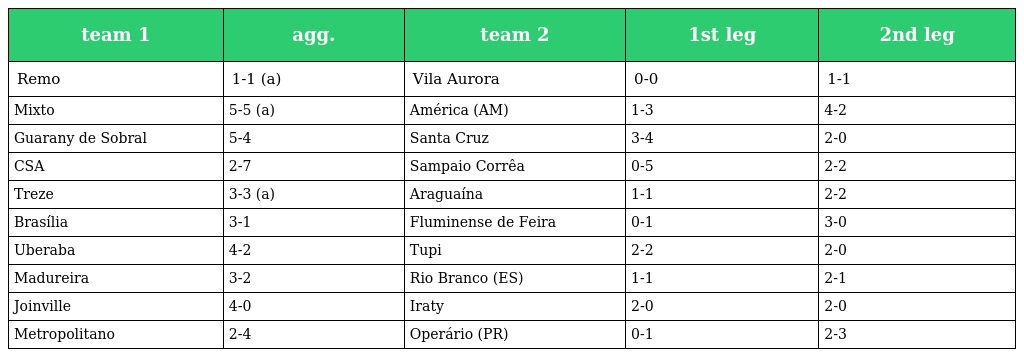
| team 1 | agg. | team 2 | 1st leg | 2nd leg |
 | --- | --- | --- | --- | --- |
 | Remo | 1-1 (a) | Vila Aurora | 0-0 | 1-1 |
 | Mixto | 5-5 (a) | América (AM) | 1-3 | 4-2 |
 | Guarany de Sobral | 5-4 | Santa Cruz | 3-4 | 2-0 |
 | CSA | 2-7 | Sampaio Corrêa | 0-5 | 2-2 |
 | Treze | 3-3 (a) | Araguaína | 1-1 | 2-2 |
 | Brasília | 3-1 | Fluminense de Feira | 0-1 | 3-0 |
 | Uberaba | 4-2 | Tupi | 2-2 | 2-0 |
 | Madureira | 3-2 | Rio Branco (ES) | 1-1 | 2-1 |
 | Joinville | 4-0 | Iraty | 2-0 | 2-0 |
 | Metropolitano | 2-4 | Operário (PR) | 0-1 | 2-3 |